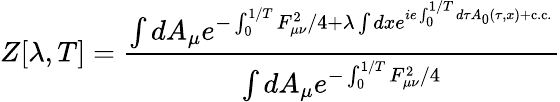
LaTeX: Z[\lambda,T]=\frac{\int dA_{\mu}e^{-\int_{0}^{1/T}F_{\mu\nu}^{2}/4+\lambda\int dxe^{ie\int_{0}^{1/T}d\tau A_{0}(\tau,x)+\mathrm{c.c.}}}}{\int dA_{\mu}e^{-\int_{0}^{1/T}F_{\mu\nu}^{2}/4}}